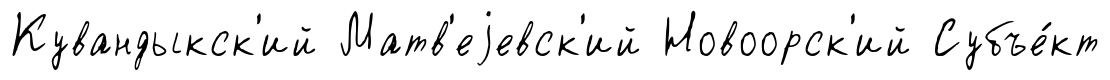
Кувандыкск'ий Матв'еjевск'ий Новоорск'ий Субъе́кт